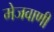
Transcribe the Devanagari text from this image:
मेजवाणी